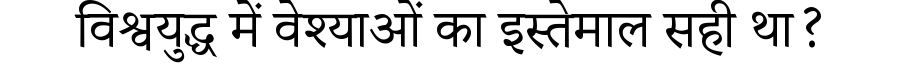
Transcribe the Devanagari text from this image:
विश्वयुद्ध में वेश्याओं का इस्तेमाल सही था?